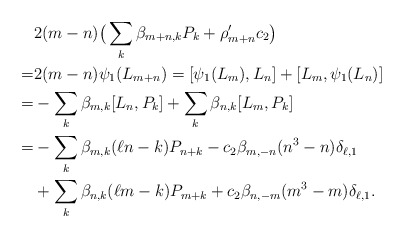
\begin{align*}&2(m-n)\big(\sum_k\beta_{m+n,k}P_k+\rho_{m+n}'c_2\big)&\\= &2(m-n)\psi_1(L_{m+n})=[\psi_1(L_m),L_n]+[L_m, \psi_1(L_n)]&\\=&-\sum_k\beta_{m,k}[L_n,P_k]+ \sum_k\beta_{n,k}[L_m,P_k]&\\=&-\sum_k\beta_{m,k}(\ell n - k)P_{n+k} -c_2\beta_{m,-n}(n^3-n)\delta_{\ell,1}&\\&+\sum_k\beta_{n,k}(\ell m - k)P_{m+k}+ c_2\beta_{n,-m}(m^3-m)\delta_{\ell,1}.&\end{align*}